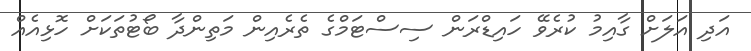
އަދި އަލަށް ގާއިމު ކުރެވޭ ހައިޑްރަން ސިސްޓަމްގެ ތެރެއިން މަތިންދާ ބޯޓުތަކަށް ހޮޅިއެއް